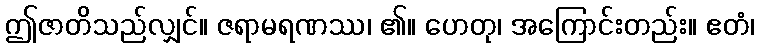
ဤဇာတိသည်လျှင်။ ဇရာမရဏဿ၊ ၏။ ဟေတု၊ အကြောင်းတည်း။ ဧတံ၊